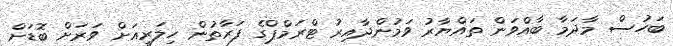
ބަހުސް މާދަމާ ބާއްވަން ތައްޔާރު ވަމުންދާއިރު ޓްރަމްޕްގެ ފަރާތުން ހިލަރީއަށް ވަރަށް ބޮޑަށް